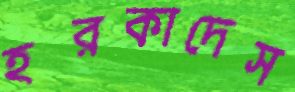
হরকাদেস